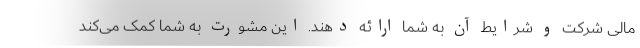
مالی شرکت و شرایط آن به شما ارائه دهند. این مشورت به شما کمک می‌کند